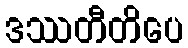
ဒဿတီတိပေ